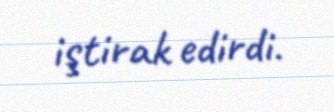
iştirak edirdi.